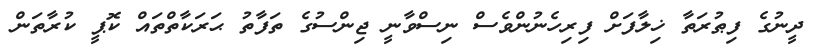
ދީނުގެ ފިޠުރަތާ ޚިލާފަށް ފިރިހެނުންވެސް ނިސްވާނީ ޖިންސުގެ ތަފާތު ޙަރަކާތްތައް ކޮޕީ ކުރާތަން